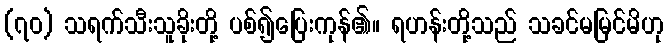
(၇၀) သရက်သီးသူခိုးတို့ ပစ်၍ပြေးကုန်၏။ ရဟန်းတို့သည် သခင်မမြင်မိဟု